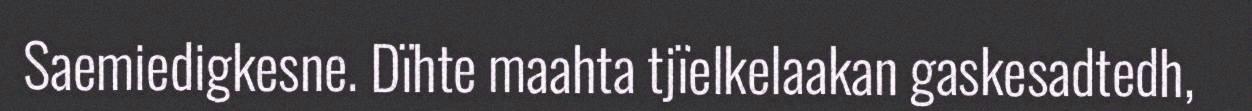
Saemiedigkesne. Dïhte maahta tjïelkelaakan gaskesadtedh,